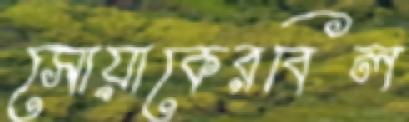
সোয়াকেরবিল